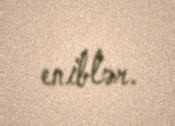
eniblər.